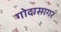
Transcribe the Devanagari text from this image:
गोदासागर